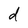
Character: d